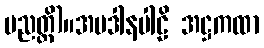
ပညတ္တိ)။အပဒါနပါဠိ အဋ္ဌကထာ